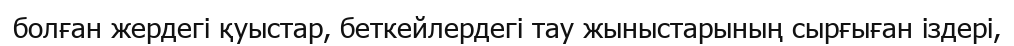
болған жердегі қуыстар, беткейлердегі тау жыныстарының сырғыған іздері,